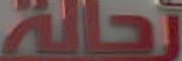
تحالة